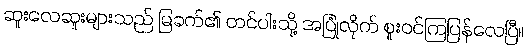
ဆူးလေဆူးများသည် မြခက်၏ တင်ပါးသို့ အပြုံလိုက် စူးဝင်ကြပြန်လေပြီ။